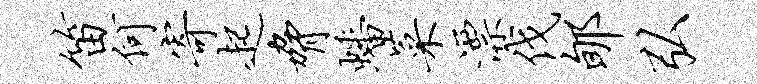
笛何寄起胁蟠菜漂伐郇弘